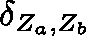
\mathbf { \delta } _ { Z _ { a } , Z _ { b } }